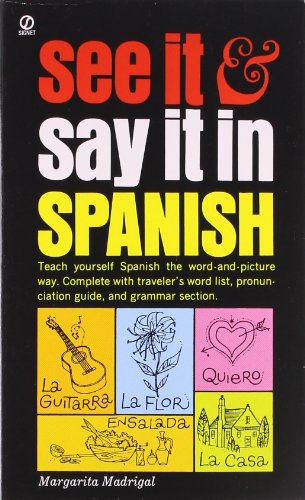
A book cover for See It and Say It in Spanish; Margarita Madrigal; Reference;